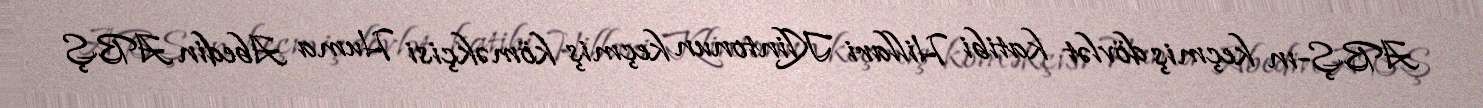
ABŞ-ın keçmiş dövlət katibi Hillari Klintonun keçmiş köməkçisi Huma Abedin ABŞ